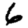
Digit: 6